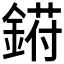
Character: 𬫰